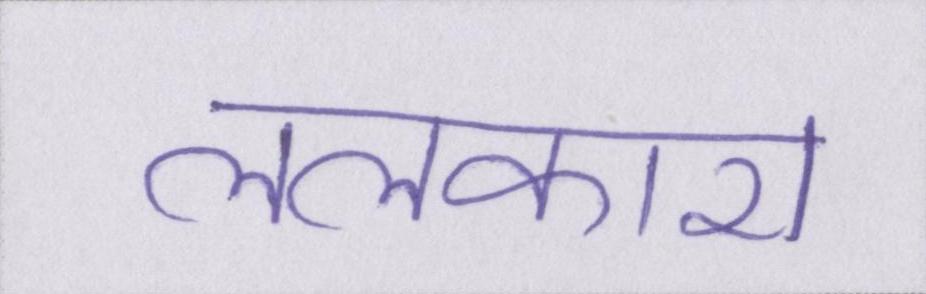
ललकारा